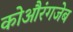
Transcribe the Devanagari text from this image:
कोऔरंगजेब